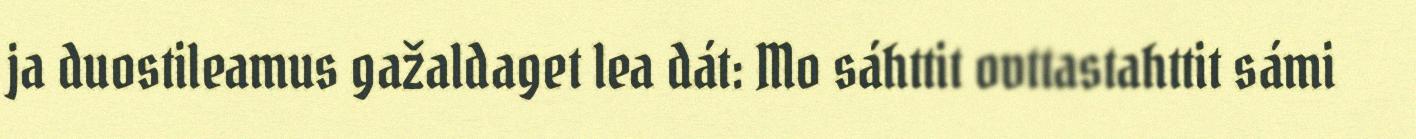
ja duostileamus gažaldaget lea dát: Mo sáhttit ovttastahttit sámi